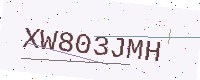
Text: XW803JMH